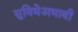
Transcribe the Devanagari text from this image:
सुविधेअभावी